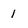
Character: 1